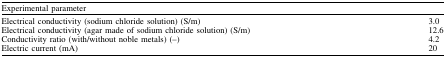
| <COLSPAN=2> Experimental parameter |
 | --- | --- |
 | Electrical conductivity (sodium chloride solution) (S/m) | 3.0 |
 | Electrical conductivity (agar made of sodium chloride solution) (S/m) | 12.6 |
 | Conductivity ratio (with/without noble metals) (–) | 4.2 |
 | Electric current (mA) | 20 |